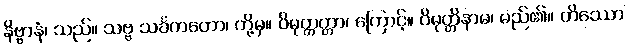
နိဗ္ဗာနံ၊ သည်။ သဗ္ဗ သင်္ခတတော၊ တို့မှ။ ဝိမုတ္တတ္တာ၊ ကြောင့်။ ဝိမုတ္တိနာမ၊ မည်၏။ တိဿော